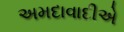
અમદાવાદીએ